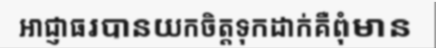
អាជ្ញាធរបានយកចិត្តទុកដាក់គឺពុំមាន